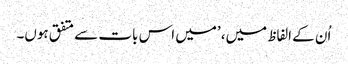
اُن کے الفاظ میں، ’میں اس بات سے متفق ہوں۔